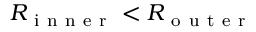
R _ { \mathrm { ~ i ~ n ~ n ~ e ~ r ~ } } < R _ { \mathrm { ~ o ~ u ~ t ~ e ~ r ~ } }